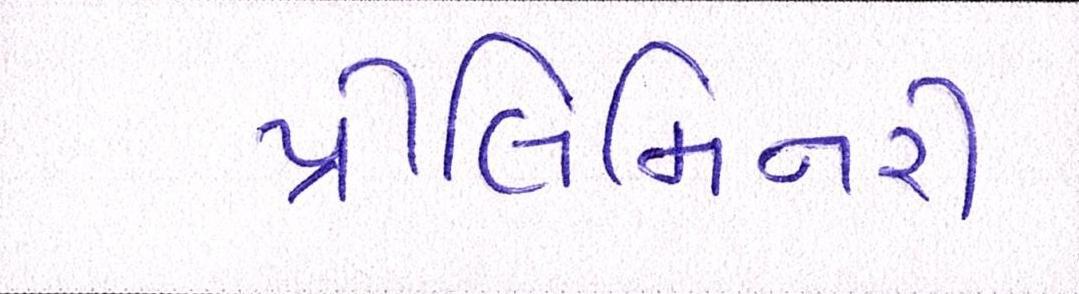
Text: પ્રીલિમિનરી